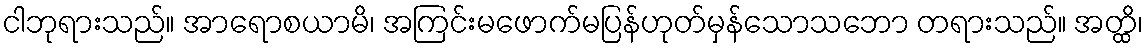
ငါဘုရားသည်။ အာရောစယာမိ၊ အကြင်းမဖောက်မပြန်ဟုတ်မှန်သောသဘော တရားသည်။ အတ္ထိ၊